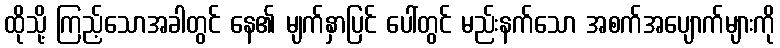
ထိုသို့ ကြည့်သောအခါတွင် နေ၏ မျက်နှာပြင် ပေါ်တွင် မည်းနက်သော အစက်အပျောက်များကို